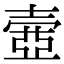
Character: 𡔳